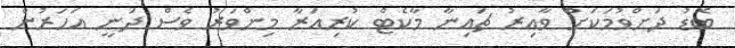
ބޮޑު ދަށްވުމަކަށް ވާއިރު ޗައިނާ މާކެޓް ކުރިއަރާ މިންވަރު ވެސް ދަނީ އަހަރުން